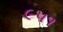
૯૫૧